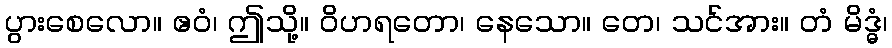
ပွားစေလော။ ဧဝံ၊ ဤသို့။ ဝိဟရတော၊ နေသော။ တေ၊ သင်အား။ တံ မိဒ္ဓံ၊